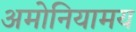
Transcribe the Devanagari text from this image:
अमोनियामय